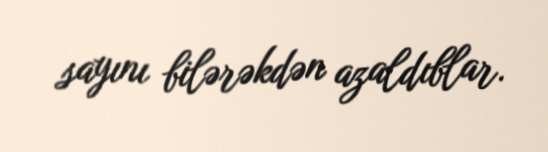
sayını bilərəkdən azaldıblar.